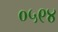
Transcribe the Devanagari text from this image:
०५९४